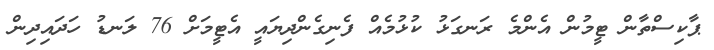
ޕާކިސްތާން ޓީމުން އެންމެ ރަނގަޅު ކުޅުމެއް ފެނިގެންދިޔައީ އެޓީމަށް 76 ލަނޑު ހަދައިދިން